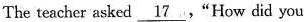
The teacher asked \underline{17}."How did you